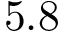
5 . 8